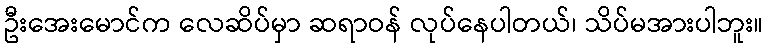
ဦးအေးမောင်က လေဆိပ်မှာ ဆရာဝန် လုပ်နေပါတယ်၊ သိပ်မအားပါဘူး။